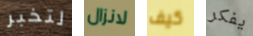
لتخبر لانزال كيف يفكر